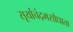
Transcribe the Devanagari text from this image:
सूर्याचंद्रमसौधाता